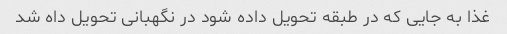
غذا به جایی که در طبقه تحویل داده شود در نگهبانی تحویل داه شد